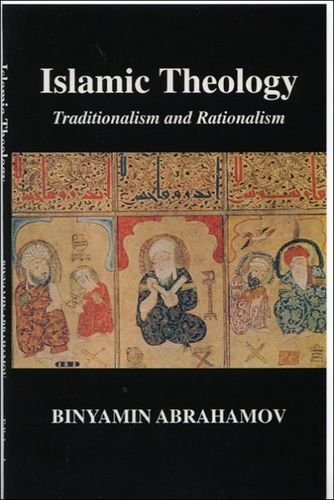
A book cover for Islamic Theology: Traditionalism and Rationalism; Binyamin Abrahamov; Religion & Spirituality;